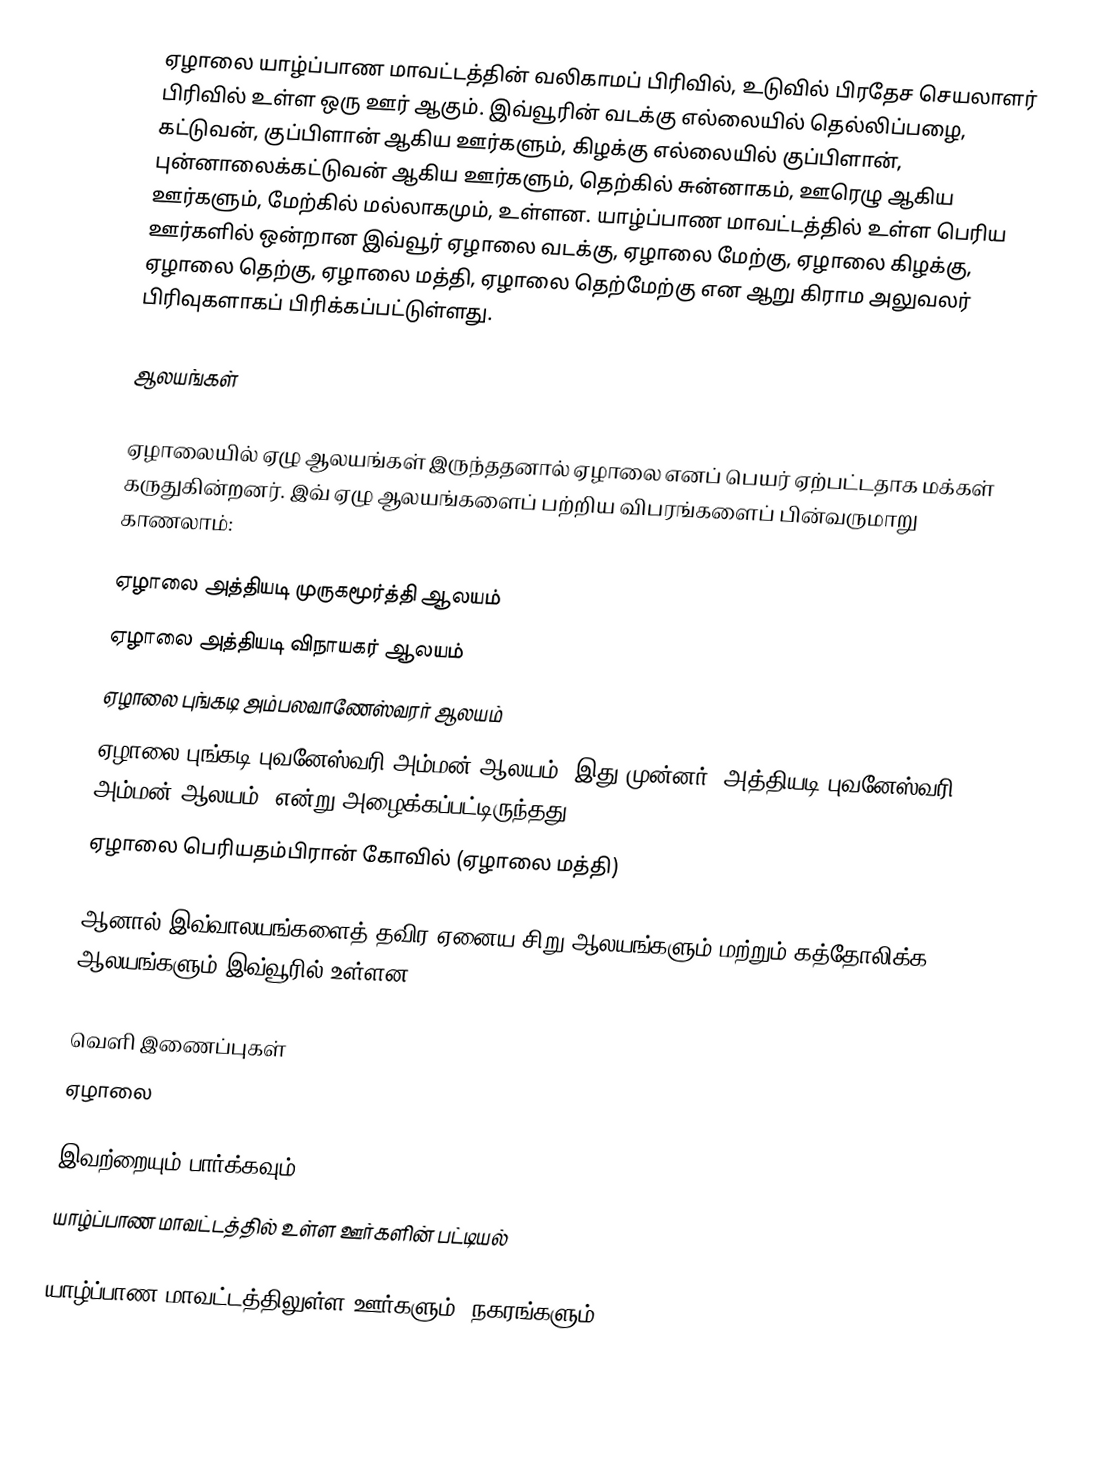
ஏழாலை யாழ்ப்பாண மாவட்டத்தின் வலிகாமப் பிரிவில், உடுவில் பிரதேச செயலாளர் பிரிவில் உள்ள ஒரு ஊர் ஆகும். இவ்வூரின் வடக்கு எல்லையில் தெல்லிப்பழை, கட்டுவன், குப்பிளான் ஆகிய ஊர்களும், கிழக்கு எல்லையில் குப்பிளான், புன்னாலைக்கட்டுவன் ஆகிய ஊர்களும், தெற்கில் சுன்னாகம், ஊரெழு ஆகிய ஊர்களும், மேற்கில் மல்லாகமும், உள்ளன. யாழ்ப்பாண மாவட்டத்தில் உள்ள பெரிய ஊர்களில் ஒன்றான இவ்வூர் ஏழாலை வடக்கு, ஏழாலை மேற்கு, ஏழாலை கிழக்கு, ஏழாலை தெற்கு, ஏழாலை மத்தி, ஏழாலை தெற்மேற்கு என ஆறு கிராம அலுவலர் பிரிவுகளாகப் பிரிக்கப்பட்டுள்ளது.

ஆலயங்கள்

ஏழாலையில் ஏழு ஆலயங்கள் இருந்ததனால் ஏழாலை எனப் பெயர் ஏற்பட்டதாக மக்கள் கருதுகின்றனர். இவ் ஏழு ஆலயங்களைப் பற்றிய விபரங்களைப் பின்வருமாறு காணலாம்:

 ஏழாலை அத்தியடி முருகமூர்த்தி ஆலயம்
 ஏழாலை அத்தியடி விநாயகர் ஆலயம்
 ஏழாலை புங்கடி அம்பலவாணேஸ்வரர் ஆலயம்
 ஏழாலை புங்கடி புவனேஸ்வரி அம்மன் ஆலயம் (இது முன்னர் "அத்தியடி புவனேஸ்வரி அம்மன் ஆலயம்" என்று அழைக்கப்பட்டிருந்தது)
 ஏழாலை பெரியதம்பிரான் கோவில் (ஏழாலை மத்தி)

ஆனால் இவ்வாலயங்களைத் தவிர ஏனைய சிறு ஆலயங்களும் மற்றும் கத்தோலிக்க ஆலயங்களும் இவ்வூரில் உள்ளன.

வெளி இணைப்புகள்
 ஏழாலை

இவற்றையும் பார்க்கவும்
 யாழ்ப்பாண மாவட்டத்தில் உள்ள ஊர்களின் பட்டியல்

யாழ்ப்பாண மாவட்டத்திலுள்ள ஊர்களும், நகரங்களும்